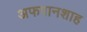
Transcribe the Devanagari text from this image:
अफगानशाह